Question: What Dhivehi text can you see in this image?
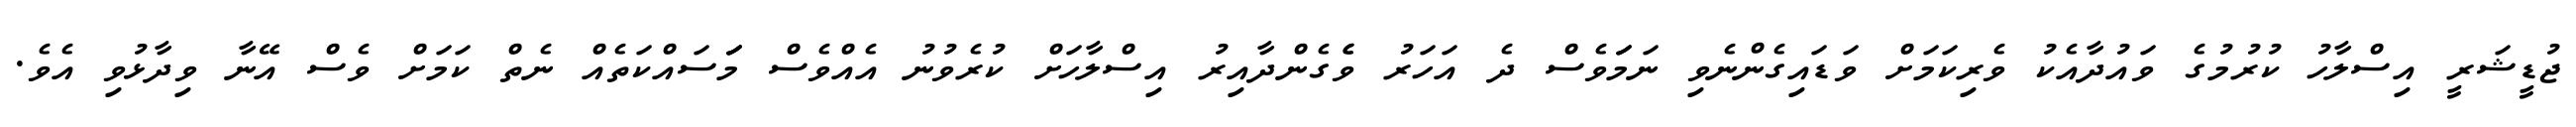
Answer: ޖުޑީޝަރީ އިސްލާހު ކުރުމުގެ ވައުދާއެކު ވެރިކަމަށް ވަޑައިގެންނެވި ނަމަަވެސް ދެ އަހަރު ވެެގެންދާއިރު އިސްލާހަށް ކުރެވުނު އެއްވެސް މަަަސައްކަތެއް ނެތް ކަމަށް ވެސް އޭނާ ވިދާޅުވި އެވެ.